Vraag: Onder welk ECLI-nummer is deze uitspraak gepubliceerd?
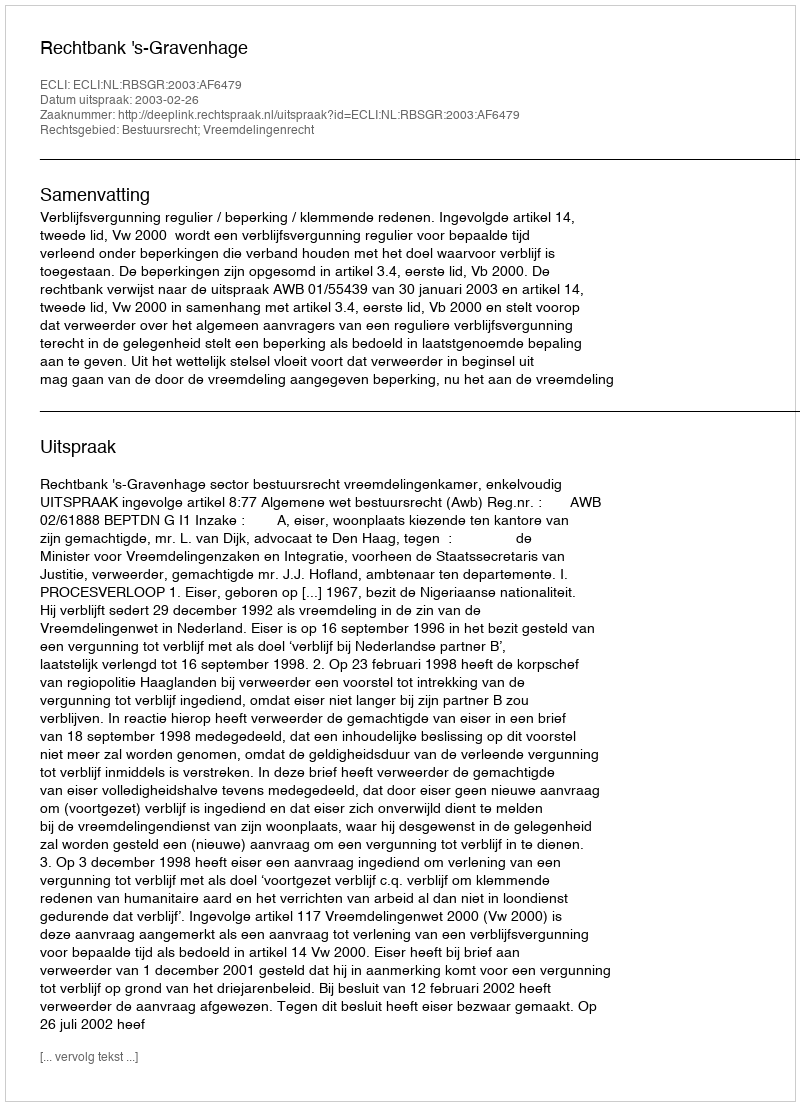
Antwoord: ECLI:NL:RBSGR:2003:AF6479